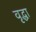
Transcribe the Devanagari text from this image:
वृृद्धा